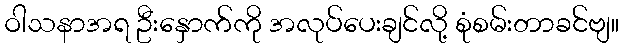
ဝါသနာအရ ဦးနှောက်ကို အလုပ်ပေးချင်လို့ စုံစမ်းတာခင်ဗျ။